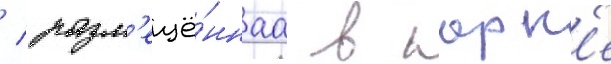
/ разм'ещё́ннаа в парк'е